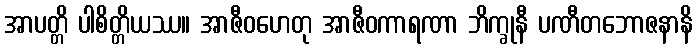
အာပတ္တိ ပါစိတ္တိယဿ။ အာဇီဝဟေတု အာဇီဝကာရဏာ ဘိက္ခုနီ ပဏီတဘောဇနာနိ